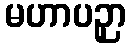
မဟာပဉှာ